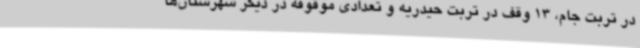
در تربت جام، 13 وقف در تربت حیدریه و تعدادی موقوفه در دیگر شهرستان‌ها